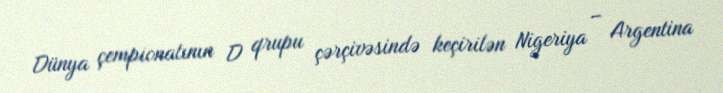
Dünya çempionatının D qrupu çərçivəsində keçirilən Nigeriya – Argentina